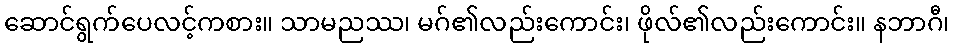
ဆောင်ရွက်ပေလင့်ကစား။ သာမညဿ၊ မဂ်၏လည်းကောင်း၊ ဖိုလ်၏လည်းကောင်း။ နဘာဂီ၊